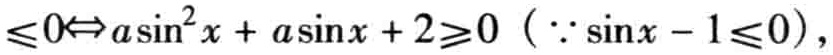
$\leqslant 0\Leftrightarrow a\sin ^{2}x + a\sin x + 2\geqslant 0\ (\because\sin x - 1\leqslant 0)$，